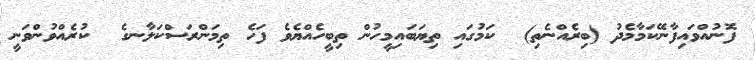
ފޮނުއްވައިފާނޭކަމާމެދު (ބިރެއްނެތި)  ކަމުގައި ތިޔަބައިމީހުން ތިބީހެއްޔެވެ ފަހެ ތިމަންރަސްކަލާނގެ  ކުރެއްވުންވަނީ